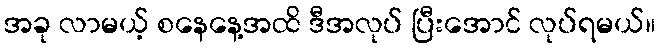
အခု လာမယ့် စနေနေ့အထိ ဒီအလုပ် ပြီးအောင် လုပ်ရမယ်။